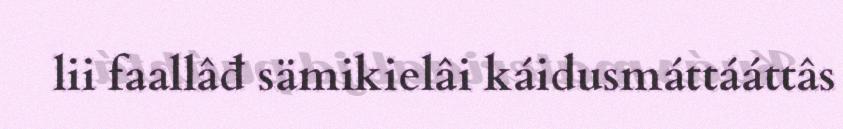
lii faallâđ sämikielâi káidusmáttááttâs